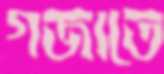
গজাতে